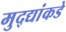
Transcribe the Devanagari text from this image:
मुद्‍द्यांकडे